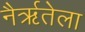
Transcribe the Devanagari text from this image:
नैर्ऋतेला